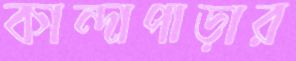
কান্দাপাড়ার